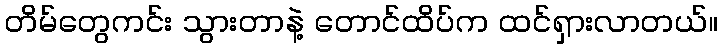
တိမ်တွေကင်း သွားတာနဲ့ တောင်ထိပ်က ထင်ရှားလာတယ်။